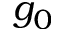
g _ { 0 }